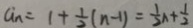
a _ { n } = 1 + \frac { 1 } { 2 } ( n - 1 ) = \frac { 1 } { 2 } n + \frac { 1 } { 2 }